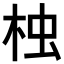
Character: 𣑺